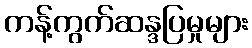
ကန့်ကွက်ဆန္ဒပြမှုများ